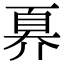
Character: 奡